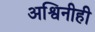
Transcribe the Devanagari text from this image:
अश्विनीही